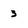
Character: 3